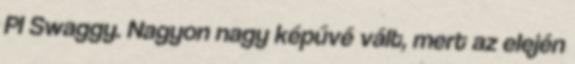
Pl Swaggy. Nagyon nagy képűvé vált, mert az elején